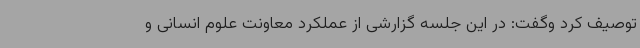
توصیف کرد وگفت: در این جلسه گزارشی از عملکرد معاونت علوم انسانی و